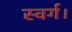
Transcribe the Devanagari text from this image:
स्वर्ग।